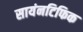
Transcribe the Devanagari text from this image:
सायंनटिफिक